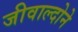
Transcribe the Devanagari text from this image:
जीवाल्दोने